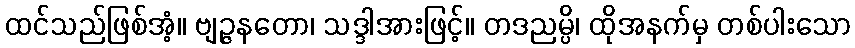
ထင်သည်ဖြစ်အံ့။ ဗျဉ္ဇနတော၊ သဒ္ဒါအားဖြင့်။ တဒညမ္ပိ၊ ထိုအနက်မှ တစ်ပါးသော